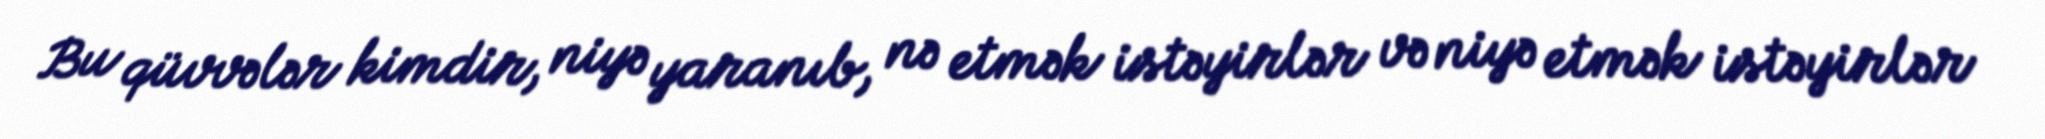
Bu qüvvələr kimdir, niyə yaranıb, nə etmək istəyirlər və niyə etmək istəyirlər